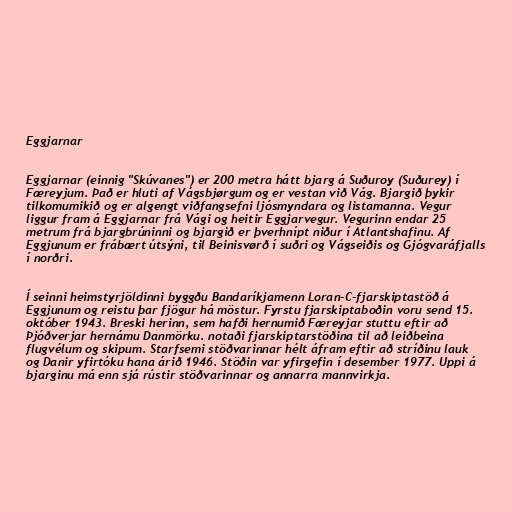
Eggjarnar

Eggjarnar (einnig "Skúvanes") er 200 metra hátt bjarg á Suðuroy (Suðurey) í
Færeyjum. Það er hluti af Vágsbjørgum og er vestan við Vág. Bjargið þykir
tilkomumikið og er algengt viðfangsefni ljósmyndara og listamanna. Vegur
liggur fram á Eggjarnar frá Vági og heitir Eggjarvegur. Vegurinn endar 25
metrum frá bjargbrúninni og bjargið er þverhnípt niður í Atlantshafinu. Af
Eggjunum er frábært útsýni, til Beinisvørð í suðri og Vágseiðis og Gjógvaráfjalls
í norðri.

Í seinni heimstyrjöldinni byggðu Bandaríkjamenn Loran-C-fjarskiptastöð á
Eggjunum og reistu þar fjögur há möstur. Fyrstu fjarskiptaboðin voru send 15.
október 1943. Breski herinn, sem hafði hernumið Færeyjar stuttu eftir að
Þjóðverjar hernámu Danmörku. notaði fjarskiptarstöðina til að leiðbeina
flugvélum og skipum. Starfsemi stöðvarinnar hélt áfram eftir að stríðinu lauk
og Danir yfirtóku hana árið 1946. Stöðin var yfirgefin í desember 1977. Uppi á
bjarginu má enn sjá rústir stöðvarinnar og annarra mannvirkja.